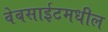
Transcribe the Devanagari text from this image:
वेबसाईटमधील